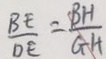
\frac { B E } { D E } = \frac { B H } { G H }